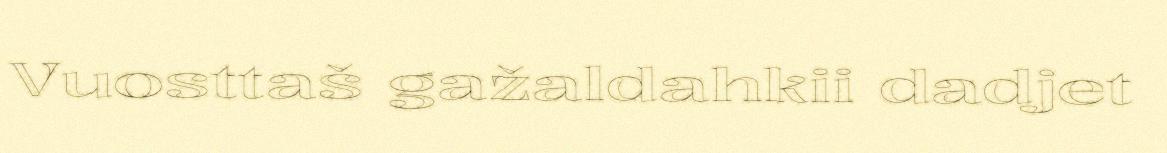
Vuosttaš gažaldahkii dadjet